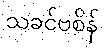
သခင်ဗစိန်